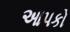
આપકો